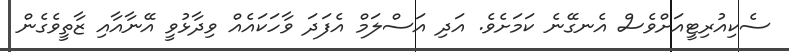
ސެކިއުރިޓީއަށްވެސް އެނގޭނެ ކަމަށެވެ. އަދި އަސްލަމް އެފަދަ ވާހަކައެއް ވިދާޅުވީ އޭނާއާއި ޒާތީވެގެން